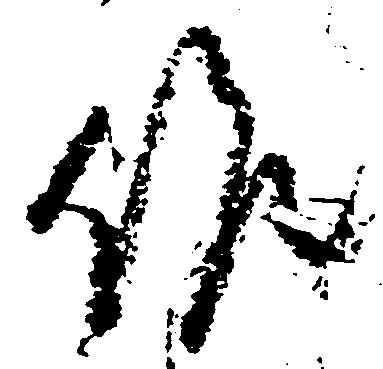
候